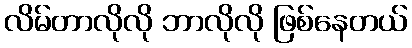
လိမ်တာလိုလို ဘာလိုလို ဖြစ်နေတယ်